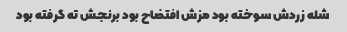
شله زردش سوخته بود مزش افتضاح بود برنجش ته گرفته بود